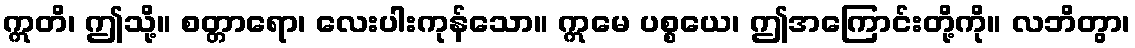
ဣတိ၊ ဤသို့။ စတ္တာရော၊ လေးပါးကုန်သော။ ဣမေ ပစ္စယေ၊ ဤအကြောင်းတို့ကို။ လဘိတွာ၊